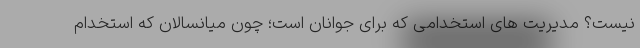
نیست؟ مدیریت های استخدامی که برای جوانان است؛ چون میانسالان که استخدام